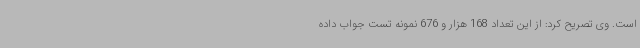
است. وی تصریح کرد: از این تعداد 168 هزار و 676 نمونه تست جواب داده